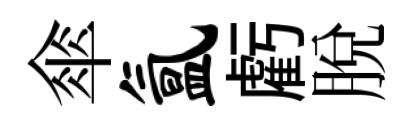
傘氲虧脱